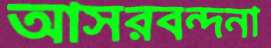
আসরবন্দনা